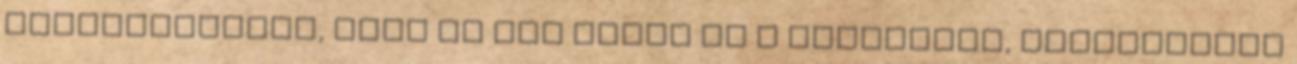
Felajánlottam, hogy ha nem nyeri el a tetszését, kereshetünk